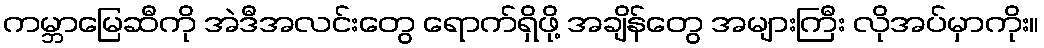
ကမ္ဘာမြေဆီကို အဲဒီအလင်းတွေ ရောက်ရှိဖို့ အချိန်တွေ အများကြီး လိုအပ်မှာကိုး။